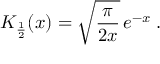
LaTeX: K _ { \frac { 1 } { 2 } } ( x ) = \sqrt { \frac { \pi } { 2 x } } \, e ^ { - x } \; .